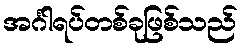
အင်္ဂါရပ်တစ်ခုဖြစ်သည်